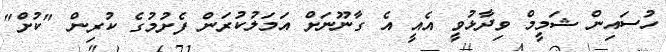
ހުސައިން ޝަމީމް ވިދާޅުވީ އެއީ އެ ގާނޫނަށް އަމަލުކުރަން ފެށުމުގެ ކުރިން "ކުށް"